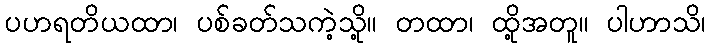
ပဟရတိယထာ၊ ပစ်ခတ်သကဲ့သို့။ တထာ၊ ထို့အတူ။ ပါဟာသိ၊